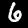
Digit: 6